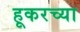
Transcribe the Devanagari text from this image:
हूकरच्या